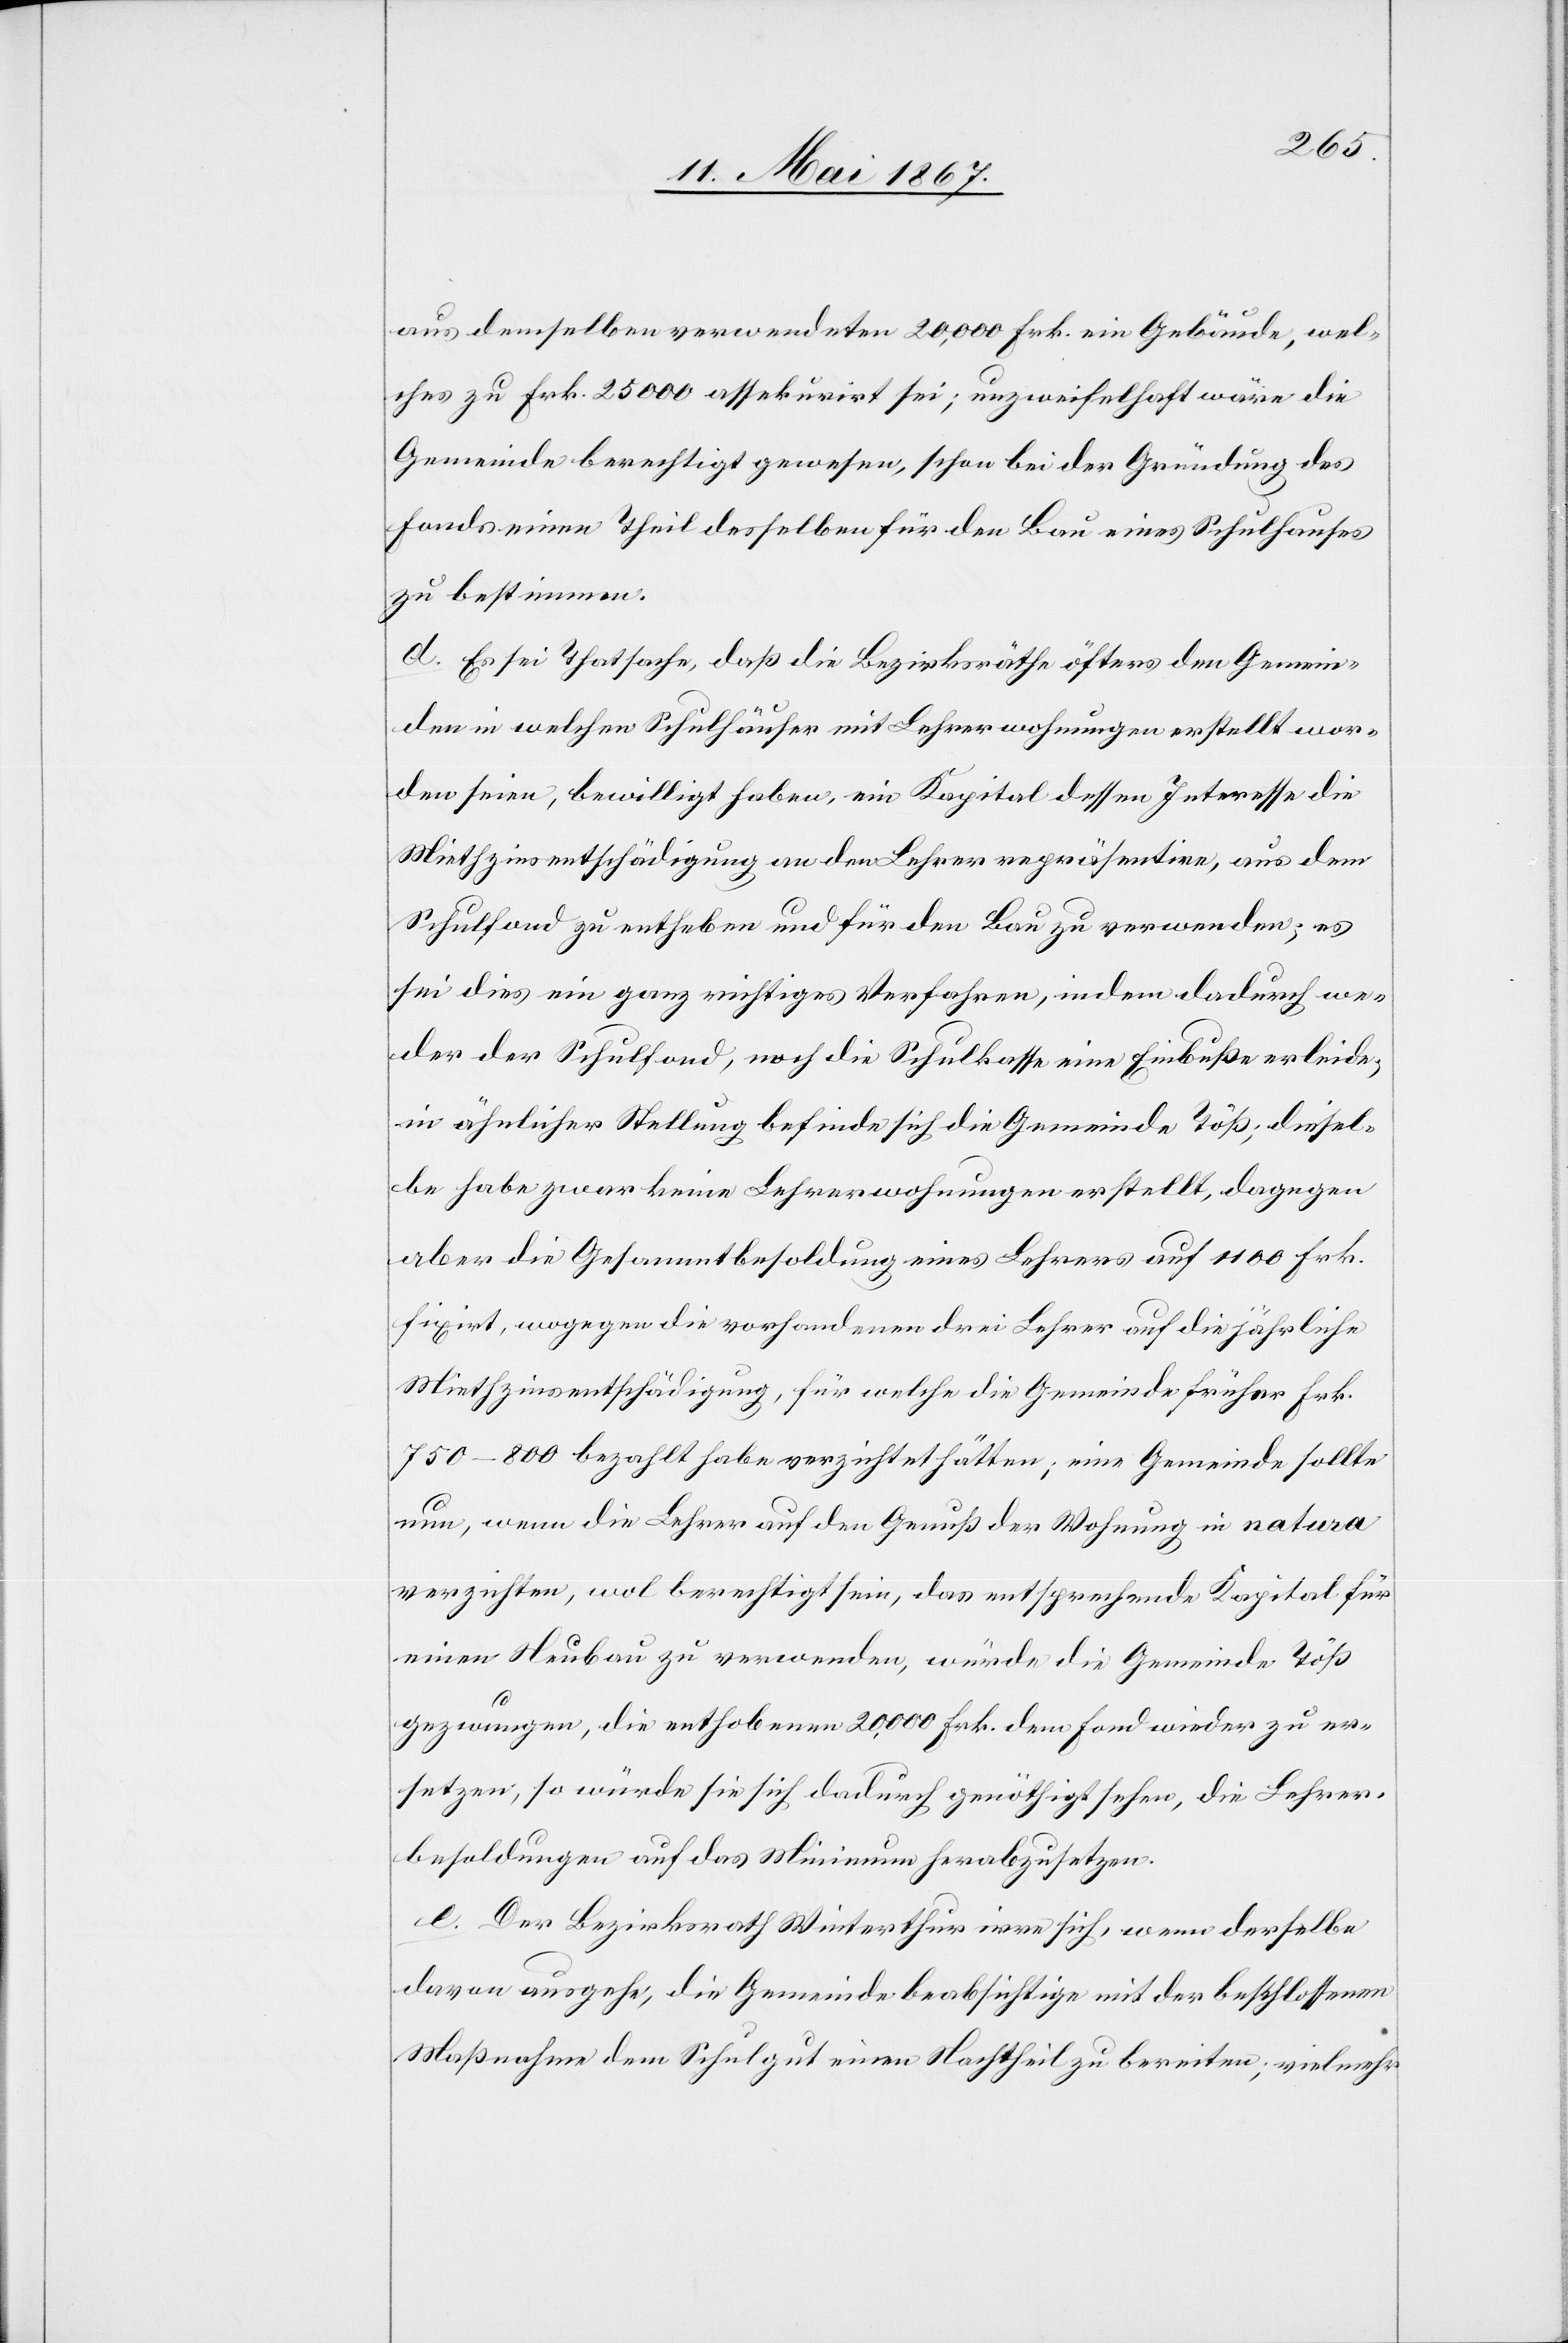
aus demselben verwendeten 20,000 Frk. ein Gebäude, wel¬
ches zu Frk. 25 000 assekurirt sei; unzweifelhaft wäre die
Gemeinde berechtigt gewesen, schon bei der Gründung des
Fonds einen Theil desselben für den Bau eines Schulhauses
zu bestimmen.
d. Es sei Thatsache, daß die Bezirksräthe öfters den Gemein¬
den in welchen Schulhäuser mit Lehrerwohnungen erstellt wor¬
den seien, bewilligt haben, ein Kapital dessen Interesse die
Miethzinsentschädigung an den Lehrer repräsentire, aus dem
Schulfond zu entheben und für den Bau zu verwenden; es
sei dies ein ganz richtiges Verfahren, indem dadurch we¬
der der Schulfond, noch die Schulkasse eine Einbuße erleide,
in ähnlicher Stellung befinde sich die Gemeinde Töß; diesel¬
be habe zwar keine Lehrerwohnungen erstellt, dagegen
aber die Gesammtbesoldung eines Lehrers auf 1100 Frk.
fixiert, wogegen die vorhandenen drei Lehrer auf die jährliche
Miethzinsentschädigung, für welche die Gemeinde früher Frk.
750–800 bezahlt habe verzichtet hätten; eine Gemeinde sollte
nun, wenn die Lehrer auf den Genuß der Wohnung in natura
verzichten, wol berechtigt sein, das entsprechende Kapital für
einen Neubau zu verwenden, würde die Gemeinde Töß
gezwungen, die enthobenen 20,000 Frk. dem Fond wieder zu er¬
setzen, so würde sie sich dadurch genöthigt sehen, die Lehrer¬
besoldungen auf das Minimum herabzusetzten.
e. Der Bezirksrath Winterthur irre sich, wenn derselbe
davon ausgehe, die Gemeinde beabsichtige mit der beschlossenen
Maßnahme dem Schulgut einen Nachtheil zu bereiten, vielmehr